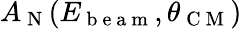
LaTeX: A_{\mathrm{~N~}}(E_{\mathrm{~b~e~a~m~}},\theta_{\mathrm{~C~M~}})